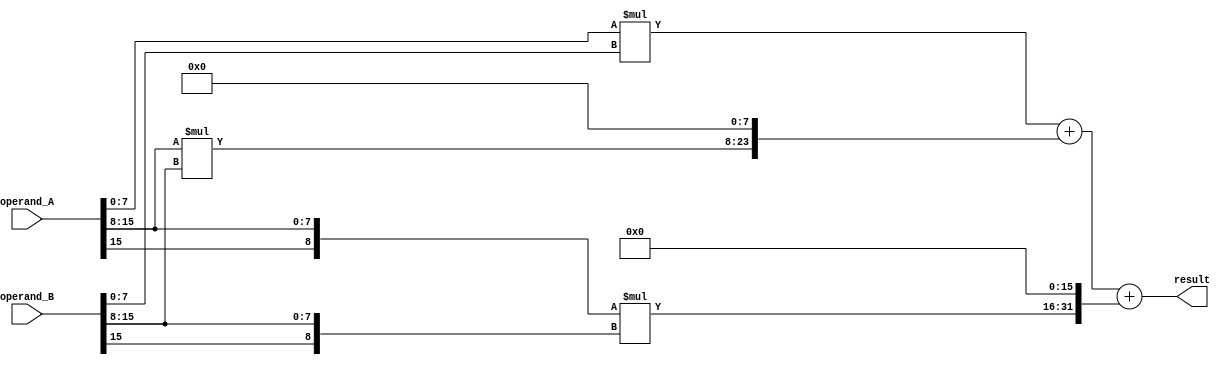
module BaughWooleyMultiplier (
    input [15:0] operand_A,
    input [15:0] operand_B,
    output reg [31:0] result
);

reg [15:0] a [2:0];
reg [15:0] b [2:0];
reg [17:0] partial_products [2:0];

always @* begin
    a[0] = operand_A[7:0];
    a[1] = operand_A[15:8];
    a[2] = {operand_A[15], operand_A[15:8]};
    
    b[0] = operand_B[7:0];
    b[1] = operand_B[15:8];
    b[2] = {operand_B[15], operand_B[15:8]};
    
    partial_products[0] = a[0] * b[0];
    partial_products[1] = a[1] * b[1];
    partial_products[2] = a[2] * b[2];
    
    result = partial_products[0] + (partial_products[1] << 8) + (partial_products[2] << 16);
end

endmodule